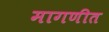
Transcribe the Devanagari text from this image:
मागणीत